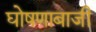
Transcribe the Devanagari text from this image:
घोषणाबाजी